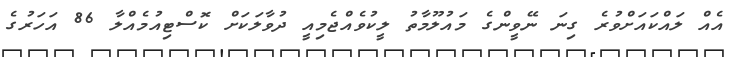
އެއް ލައްކައަށްވުރެ ގިނަ ނޭވީންގެ މައުލޫމާތު ލީކުވެއްޖެމިއީ ދުވާލަކަށް ކޮސްޓިއުމެއްލާ 86 އަހަރުގެ